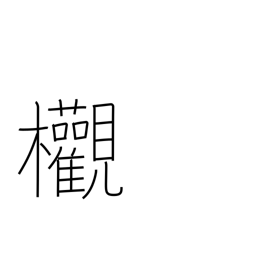
Meaning: zelkova tree